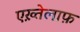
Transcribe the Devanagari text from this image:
एख़्तेलाफ़